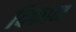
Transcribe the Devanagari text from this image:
दिफान